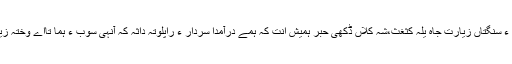
زیارت ءِ بزگران ءَ وث واکی داثغث سیمی سال ءَ ٹولی ءِ سنگتاں زیارت جاہ یلہ کثغث،شہ کُلاں ڈکھی حبر ہمیش اِنت کہ ہمے درآمدا سردار ءَ راپلوتہ داثہ کہ آنہی سوب ءَ ہما تااے وختہ زیارت ءِ ٹپانی تہا بندوخ اِنت ءُُ زبان ءَ سرینت نہ کنغیں۔